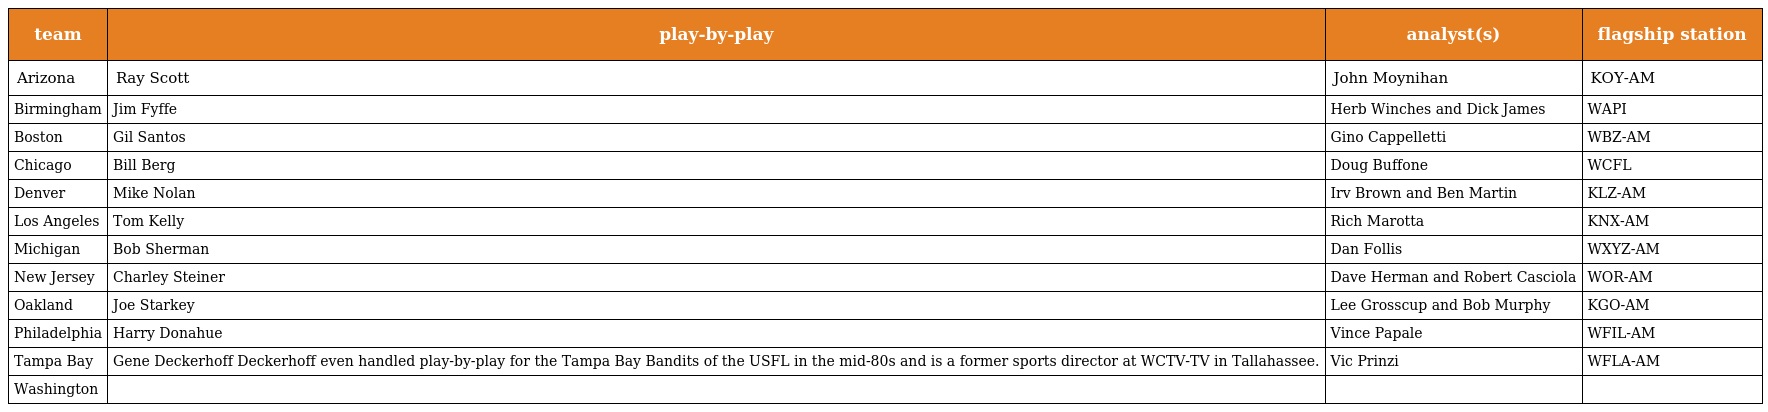
| team | play-by-play | analyst(s) | flagship station |
 | --- | --- | --- | --- |
 | Arizona | Ray Scott | John Moynihan | KOY-AM |
 | Birmingham | Jim Fyffe | Herb Winches and Dick James | WAPI |
 | Boston | Gil Santos | Gino Cappelletti | WBZ-AM |
 | Chicago | Bill Berg | Doug Buffone | WCFL |
 | Denver | Mike Nolan | Irv Brown and Ben Martin | KLZ-AM |
 | Los Angeles | Tom Kelly | Rich Marotta | KNX-AM |
 | Michigan | Bob Sherman | Dan Follis | WXYZ-AM |
 | New Jersey | Charley Steiner | Dave Herman and Robert Casciola | WOR-AM |
 | Oakland | Joe Starkey | Lee Grosscup and Bob Murphy | KGO-AM |
 | Philadelphia | Harry Donahue | Vince Papale | WFIL-AM |
 | Tampa Bay | Gene Deckerhoff Deckerhoff even handled play-by-play for the Tampa Bay Bandits of the USFL in the mid-80s and is a former sports director at WCTV-TV in Tallahassee. | Vic Prinzi | WFLA-AM |
 | Washington |  |  |  |